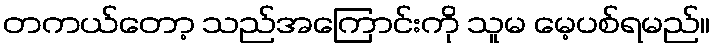
တကယ်တော့ သည်အကြောင်းကို သူမ မေ့ပစ်ရမည်။